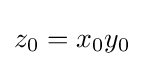
z_{0}=x_{0}y_{0}